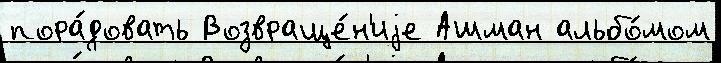
пора́довать Возвраще́н'иjе Ашман альбо́мом